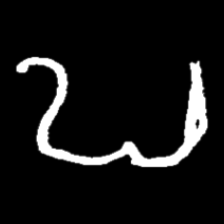
Pyu character \u2014 Myanmar letter: ဎ (romanized: ddha)